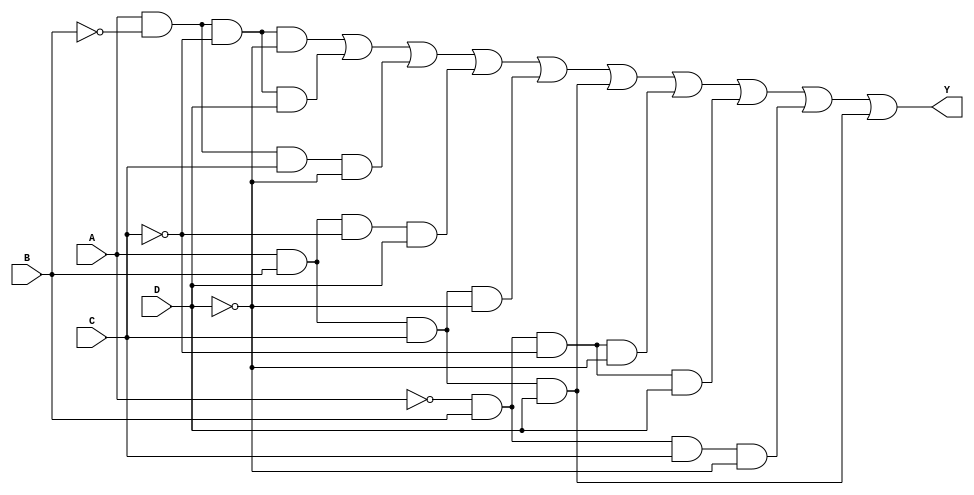
module kmap_4var (
    input wire A,  // Input variable A
    input wire B,  // Input variable B
    input wire C,  // Input variable C
    input wire D,  // Input variable D
    output wire Y  // Output of the simplified Boolean expression
);

// Define the K-map logic based on the specific minterms
// For example, let's assume we want to implement the following minterms:
// Minterms: 0, 1, 2, 5, 6, 7, 8, 9, 10, 14
// This corresponds to the following K-map filling:
//  AB\CD | 00 | 01 | 11 | 10
//  -------------------------
//   00   |  1 |  1 |  0 |  1  // Minterms 0, 1, 2
//   01   |  1 |  1 |  1 |  0  // Minterms 5, 6, 7
//   11   |  0 |  1 |  1 |  0  // Minterm 14
//   10   |  1 |  0 |  0 |  0  // Minterm 8, 9, 10

assign Y = (A & ~B & ~C & ~D) | // Minterm 0
           (A & ~B & ~C & D)  | // Minterm 1
           (A & ~B & C & ~D)  | // Minterm 2
           (A & B & ~C & D)   | // Minterm 5
           (A & B & C & ~D)   | // Minterm 6
           (A & B & C & D)    | // Minterm 7
           (~A & B & ~C & ~D) | // Minterm 8
           (~A & B & ~C & D)  | // Minterm 9
           (~A & B & C & ~D)  | // Minterm 10
           (A & B & C & D);    // Minterm 14

endmodule